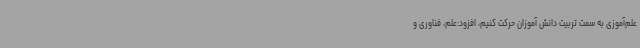
علم‌آموزی به سمت تربیت دانش آموزان حرکت کنیم، افزود:علم، فناوری و